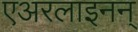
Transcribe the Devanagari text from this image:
एअरलाइनन्